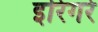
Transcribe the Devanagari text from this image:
इरिगरे